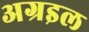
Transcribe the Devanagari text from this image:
अग्रइल